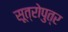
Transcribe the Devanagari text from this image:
सूत्रोपुत्र